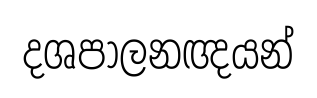
දශපාලනඥයන්